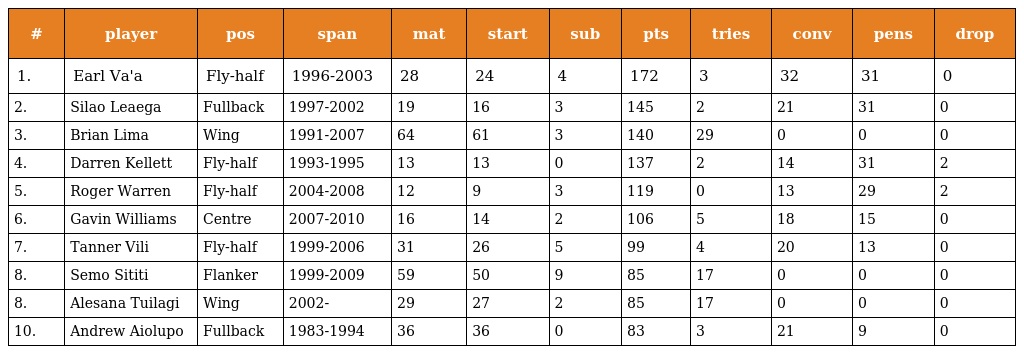
| # | player | pos | span | mat | start | sub | pts | tries | conv | pens | drop |
 | --- | --- | --- | --- | --- | --- | --- | --- | --- | --- | --- | --- |
 | 1. | Earl Va'a | Fly-half | 1996-2003 | 28 | 24 | 4 | 172 | 3 | 32 | 31 | 0 |
 | 2. | Silao Leaega | Fullback | 1997-2002 | 19 | 16 | 3 | 145 | 2 | 21 | 31 | 0 |
 | 3. | Brian Lima | Wing | 1991-2007 | 64 | 61 | 3 | 140 | 29 | 0 | 0 | 0 |
 | 4. | Darren Kellett | Fly-half | 1993-1995 | 13 | 13 | 0 | 137 | 2 | 14 | 31 | 2 |
 | 5. | Roger Warren | Fly-half | 2004-2008 | 12 | 9 | 3 | 119 | 0 | 13 | 29 | 2 |
 | 6. | Gavin Williams | Centre | 2007-2010 | 16 | 14 | 2 | 106 | 5 | 18 | 15 | 0 |
 | 7. | Tanner Vili | Fly-half | 1999-2006 | 31 | 26 | 5 | 99 | 4 | 20 | 13 | 0 |
 | 8. | Semo Sititi | Flanker | 1999-2009 | 59 | 50 | 9 | 85 | 17 | 0 | 0 | 0 |
 | 8. | Alesana Tuilagi | Wing | 2002- | 29 | 27 | 2 | 85 | 17 | 0 | 0 | 0 |
 | 10. | Andrew Aiolupo | Fullback | 1983-1994 | 36 | 36 | 0 | 83 | 3 | 21 | 9 | 0 |